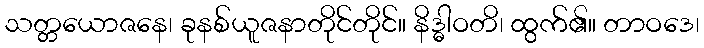
သတ္တယောဇနေ၊ ခုနစ်ယူဇနာတိုင်တိုင်။ နိဒ္ဓါဝတိ၊ ထွက်၏။ တာဝဒေ၊